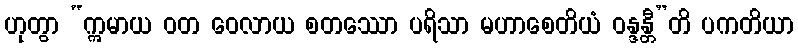
ဟုတွာ “ဣမာယ ဝတ ဝေလာယ စတဿော ပရိသာ မဟာစေတိယံ ဝန္ဒန္တီ”တိ ပကတိယာ